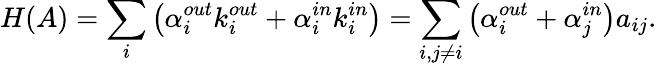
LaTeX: H(A)=\sum_{i}\left(\alpha_{i}^{out}k_{i}^{out}+\alpha_{i}^{in}k_{i}^{in}\right)=\sum_{i,j\neq i}\left(\alpha_{i}^{out}+\alpha_{j}^{in}\right)a_{ij}.